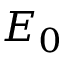
E _ { 0 }